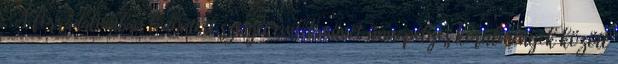
– A forradalomban ledöntött szovjet emlékművet ünnepélyes körülmények között